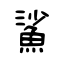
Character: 鯊